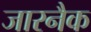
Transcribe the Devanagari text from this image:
जारनैक